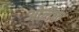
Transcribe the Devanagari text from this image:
ओलैफ़